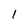
Character: l